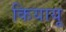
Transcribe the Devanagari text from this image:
कियायू